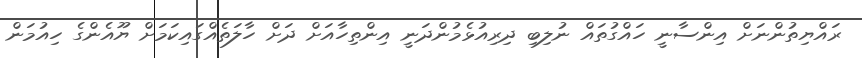
ރައްޔިތުންނަށް އިންސާނީ ހައްގުތައް ނުލިބި ދިރިއުޅެމުންދަނީ އިންތިހާއަށް ދަށް ހާލަތެއްގައިކަމަށް ޔޫއެންގެ ހިއުމަން